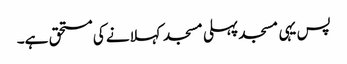
پس یہی مسجد پہلی مسجد کہلانے کی مستحق ہے۔